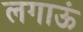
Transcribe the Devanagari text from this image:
लगाऊं